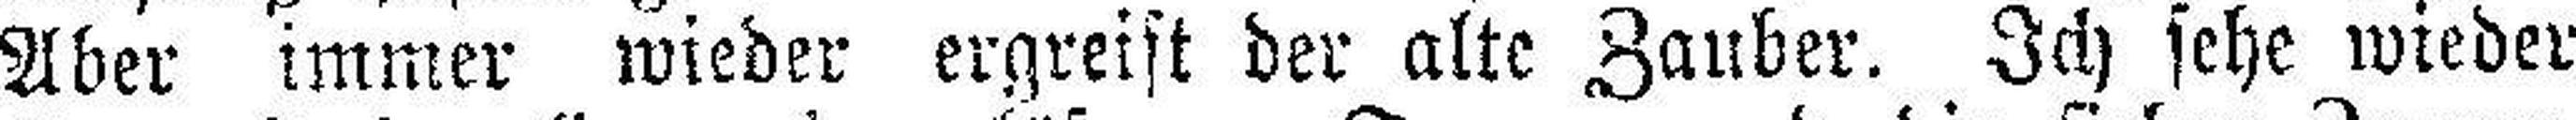
Aber immer wieder ergreift der alte Zauber. Ich sehe wieder